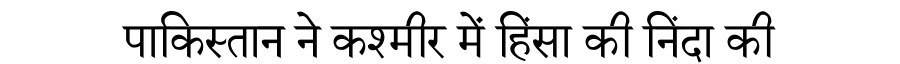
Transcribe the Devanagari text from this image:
पाकिस्तान ने कश्मीर में हिंसा की निंदा की